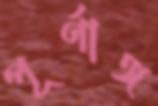
পূর্ণাঙ্গ